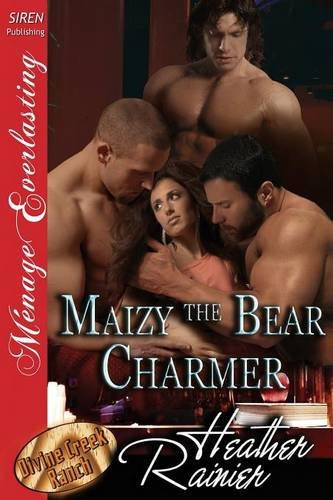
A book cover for Maizy the Bear Charmer [Divine Creek Ranch 16] (Siren Publishing Menage Everlasting); Heather Rainier; Romance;